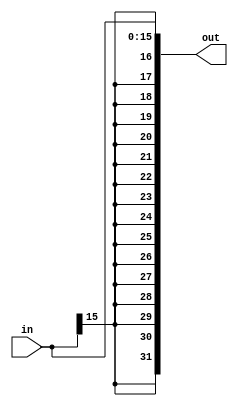
`define VAL 31
`define WIDTH 32
`define NUMREGS 32
`define LOG2NUMREGS 5
`define PC_WIDTH 30
`define I_DATAWIDTH 32
`define I_ADDRESSWIDTH 14
`define I_SIZE 16384
`define D_ADDRESSWIDTH 32
`define DM_DATAWIDTH 32
`define DM_BYTEENAWIDTH 4
`define DM_ADDRESSWIDTH 10
`define DM_SIZE 16384
`define     OP_SPECIAL       6'b000000
`define     OP_REGIMM        6'b000001
`define     OP_J             6'b000010
`define     OP_JAL           6'b000011
`define     OP_BEQ           6'b000100
`define     OP_BNE           6'b000101
`define     OP_BLEZ          6'b000110
`define     OP_BGTZ          6'b000111
`define     OP_ADDI          6'b001000
`define     OP_ADDIU         6'b001001
`define     OP_SLTI          6'b001010
`define     OP_SLTIU         6'b001011
`define     OP_ANDI          6'b001100
`define     OP_ORI           6'b001101
`define     OP_XORI          6'b001110
`define     OP_LUI           6'b001111
`define     OP_LB            6'b100000
`define     OP_LH            6'b100001
`define     OP_LWL           6'b100010
`define     OP_LW            6'b100011
`define     OP_LBU           6'b100100
`define     OP_LHU           6'b100101
`define     OP_LWR           6'b100110
`define     OP_SB            6'b101100
`define     OP_SH            6'b101101
`define     OP_SWL           6'b101010
`define     OP_SW            6'b101111
`define     OP_SWR           6'b101110
`define     FUNC_SLL         6'b000000
`define     FUNC_SRL         6'b000010
`define     FUNC_SRA         6'b000011
`define     FUNC_SLLV        6'b000100
`define     FUNC_SRLV        6'b000110
`define     FUNC_SRAV        6'b000111
`define     FUNC_JR          6'b001110
`define     FUNC_JALR        6'b001111
`define     FUNC_MFHI        6'b110100
`define     FUNC_MTHI        6'b110101
`define     FUNC_MFLO        6'b110110
`define     FUNC_MTLO        6'b110111
`define     FUNC_MULT        6'b111100
`define     FUNC_MULTU       6'b111101
`define     FUNC_DIV         6'b111110
`define     FUNC_DIVU        6'b111111
`define     FUNC_ADD         6'b100000
`define     FUNC_ADDU        6'b100001
`define     FUNC_SUB         6'b100010
`define     FUNC_SUBU        6'b100011
`define     FUNC_AND         6'b100100
`define     FUNC_OR          6'b100101
`define     FUNC_XOR         6'b100110
`define     FUNC_NOR         6'b100111
`define     FUNC_SLT         6'b101010
`define     FUNC_SLTU        6'b101011
`define     FUNC_BLTZ        1'b0
`define     FUNC_BGEZ        1'b1
`define     OP_COP2        6'b010010
`define     COP2_FUNC_CFC2      6'b111000
`define     COP2_FUNC_CTC2      6'b111010
`define     COP2_FUNC_MTC2      6'b111011
//`define     FUNC_BLTZAL      5'b10000
//`define     FUNC_BGEZAL      5'b10001
`define     FUNC_BLTZ        5'b00000
`define     FUNC_BGEZ        5'b00001
`define     FUNC_BLTZAL      5'b10000
`define     FUNC_BGEZAL      5'b10001
`define SIMULATION_MEMORY
//`define WIDTH 32
//`define WIDTH 32
//`define WIDTH 32
//`define WIDTH 32
//`define WIDTH 32
//`define WIDTH 32
//`define WIDTH 32
//`define WIDTH 32
//`define WIDTH 32
//`define WIDTH 32
//`define WIDTH 32
//`define WIDTH 32

module signext16 (in, out);

input [15:0] in;
output [31:0] out;


assign out [30]= in[15];
assign out [31]= in[15];
assign out [29]= in[15];
assign out [28]= in[15];
assign out [27]= in[15];
assign out [26]= in[15];
assign out [25]= in[15];
assign out [24]= in[15];
assign out [23]= in[15];
assign out [22]= in[15];
assign out [21]= in[15];
assign out [20]= in[15];
assign out [19]= in[15];
assign out [18]= in[15];
assign out [17]= in[15];
assign out [16]= in[15];
assign out [15:0] = in [15:0];

endmodule